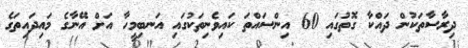
ދިރާސާތަކުން ދައްކާ ގޮތުގައި 60 އިންސައްތަ ކައިވެނިތަކުގައި އަނބިމީހާ އަށް އޭނާގެ މައިދައިތަގެ